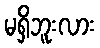
မရှိဘူးလား